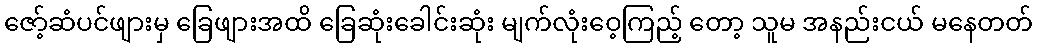
ဇော့်ဆံပင်ဖျားမှ ခြေဖျားအထိ ခြေဆုံးခေါင်းဆုံး မျက်လုံးဝေ့ကြည့် တော့ သူမ အနည်းငယ် မနေတတ်